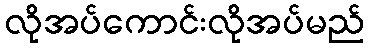
လိုအပ်ကောင်းလိုအပ်မည်